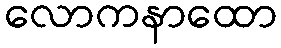
လောကနာထော